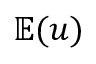
\mathbb { E } ( u )